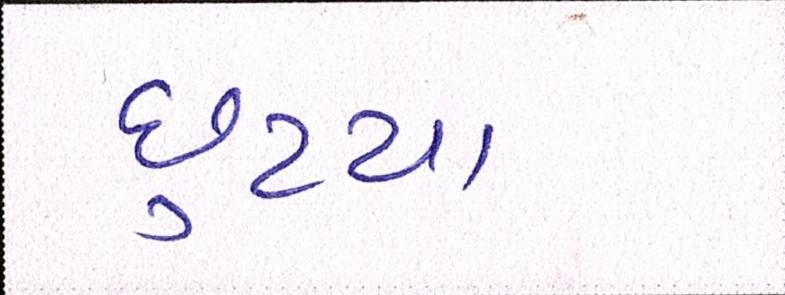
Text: છુટયા